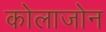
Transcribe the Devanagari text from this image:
कोलाजोन